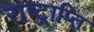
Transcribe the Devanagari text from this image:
राष्ट्राप्ति